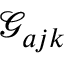
\mathcal { G } _ { a j k }